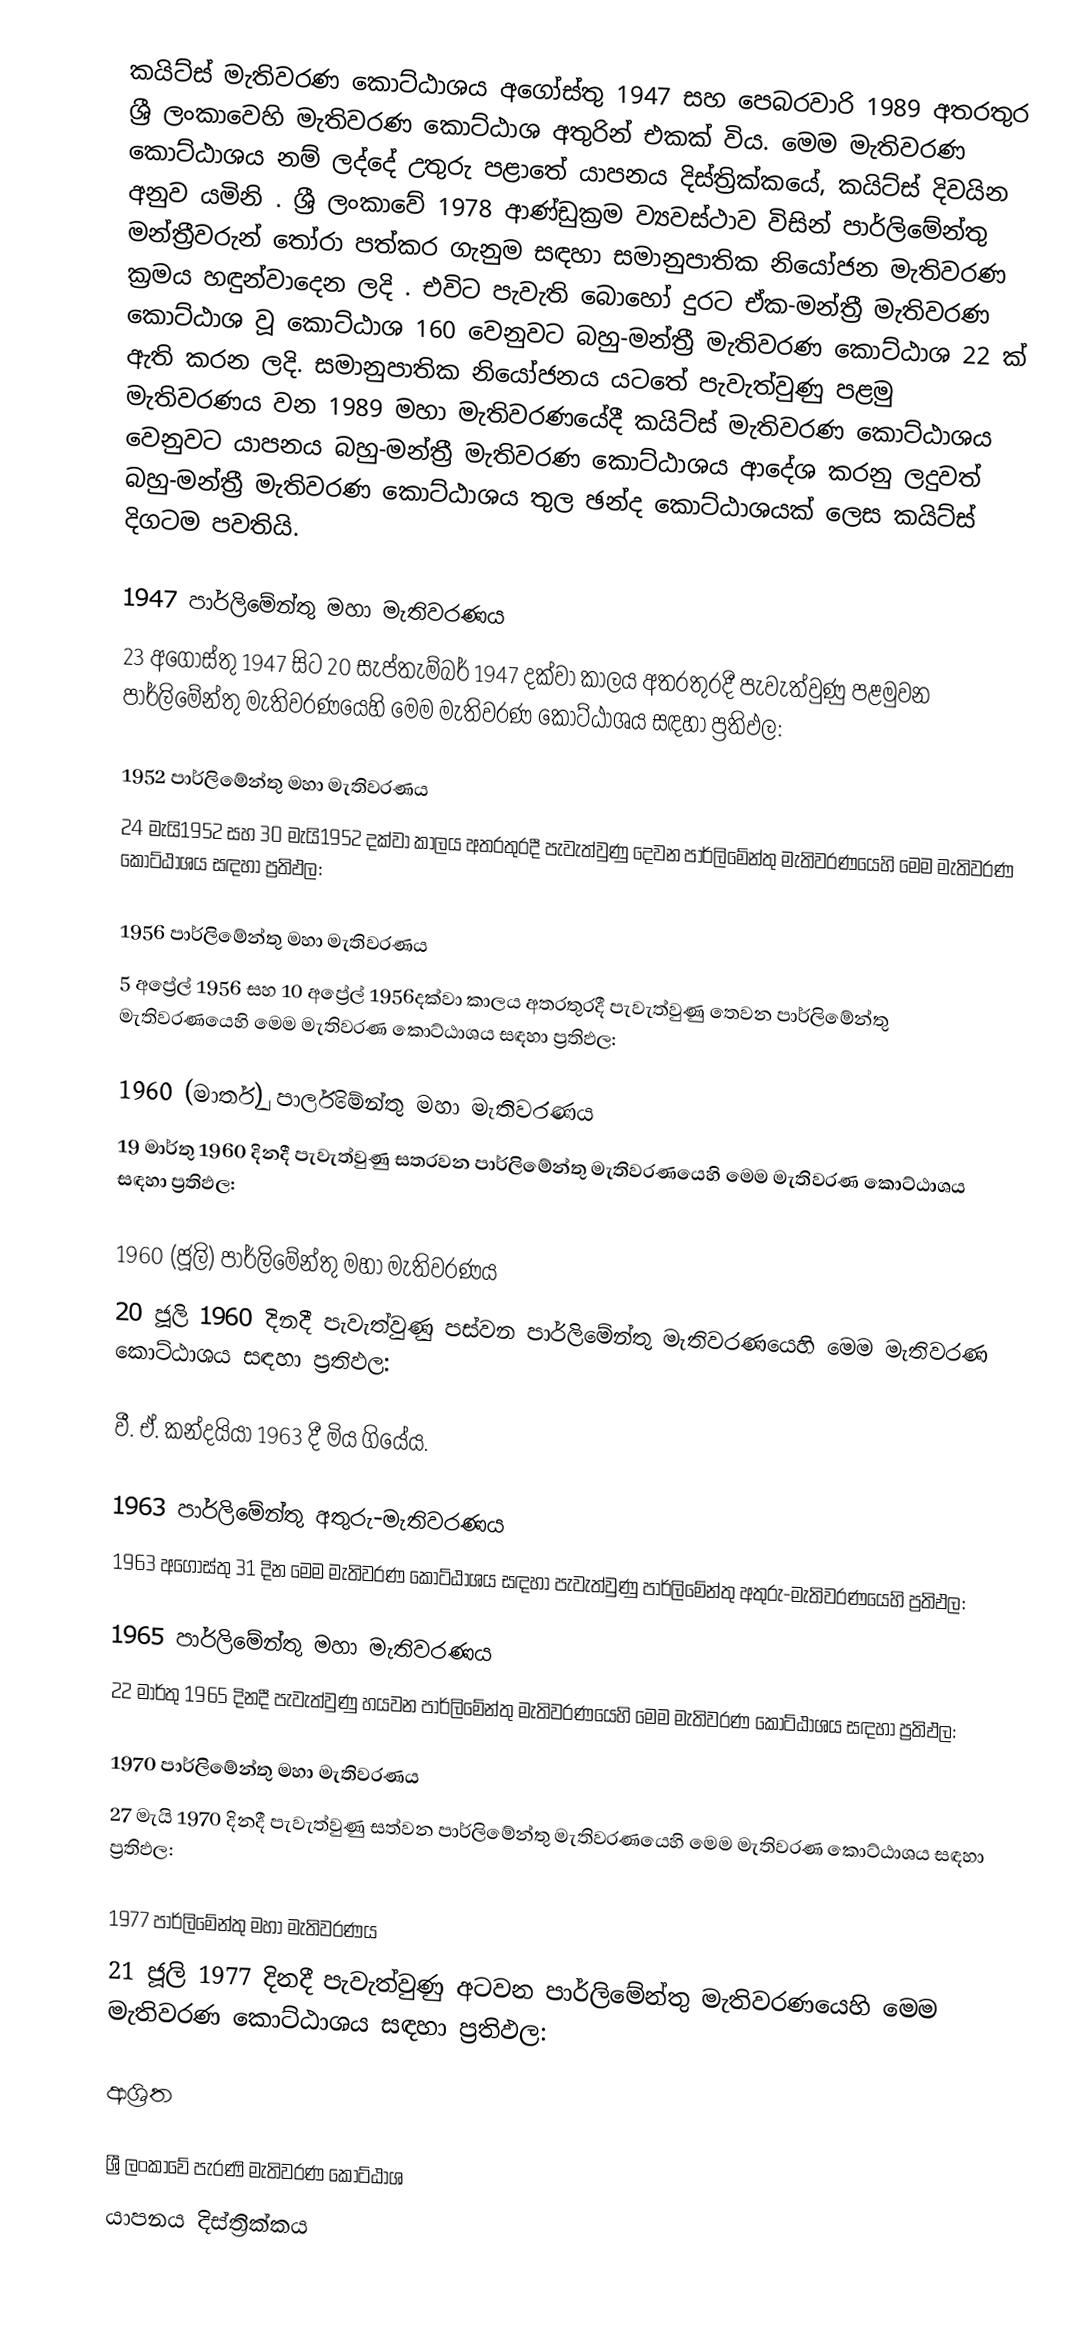
කයිට්ස් මැතිවරණ කොට්ඨාශය  අගෝස්තු 1947 සහ පෙබරවාරි 1989 අතරතුර  ශ්‍රී ලංකාවෙහි  මැතිවරණ කොට්ඨාශ අතුරින් එකක් විය. මෙම මැතිවරණ කොට්ඨාශය නම් ලද්දේ උතුරු පළාතේ  යාපනය දිස්ත්‍රික්කයේ,  කයිට්ස් දිවයින අනුව යමිනි . ශ්‍රී ලංකාවේ 1978 ආණ්ඩුක්‍රම ව්‍යවස්ථාව විසින්   පාර්ලිමේන්තු මන්ත්‍රීවරුන් තෝරා පත්කර ගැනුම සඳහා සමානුපාතික නියෝජන මැතිවරණ ක්‍රමය හඳුන්වාදෙන ලදි . එවිට පැවැති බොහෝ දුරට  ඒක-මන්ත්‍රී මැතිවරණ කොට්ඨාශ වූ කොට්ඨාශ 160 වෙනුවට බහු-මන්ත්‍රී මැතිවරණ කොට්ඨාශ 22 ක් ඇති කරන ලදි. සමානුපාතික නියෝජනය යටතේ  පැවැත්වුණු පළමු මැතිවරණය වන 1989 මහා මැතිවරණයේදී  කයිට්ස් මැතිවරණ කොට්ඨාශය වෙනුවට  යාපනය බහු-මන්ත්‍රී මැතිවරණ කොට්ඨාශය  ආදේශ කරනු ලදුවත් බහු-මන්ත්‍රී මැතිවරණ කොට්ඨාශය තුල ඡන්ද කොට්ඨාශයක් ලෙස කයිට්ස් දිගටම පවතියි.

1947 පාර්ලිමේන්තු මහා මැතිවරණය
23 අගෝස්තු 1947 සිට 20 සැප්තැම්බර් 1947 දක්වා කාලය අතරතුරදී  පැවැත්වුණු  පළමුවන පාර්ලිමේන්තු මැතිවරණයෙහි මෙම මැතිවරණ කොට්ඨාශය සඳහා ප්‍රතිඵල:

1952 පාර්ලිමේන්තු මහා මැතිවරණය
24 මැයි1952 සහ 30 මැයි1952 දක්වා කාලය අතරතුරදී  පැවැත්වුණු  දෙවන පාර්ලිමේන්තු මැතිවරණයෙහි මෙම මැතිවරණ කොට්ඨාශය සඳහා ප්‍රතිඵල:

1956 පාර්ලිමේන්තු මහා මැතිවරණය
5 අප්‍රේල් 1956 සහ 10 අප්‍රේල් 1956දක්වා කාලය අතරතුරදී  පැවැත්වුණු  තෙවන පාර්ලිමේන්තු මැතිවරණයෙහි මෙම මැතිවරණ කොට්ඨාශය සඳහා ප්‍රතිඵල:

1960 (මාර්තු) පාර්ලිමේන්තු මහා මැතිවරණය
19 මාර්තු 1960 දිනදී  පැවැත්වුණු  සතරවන පාර්ලිමේන්තු මැතිවරණයෙහි මෙම මැතිවරණ කොට්ඨාශය සඳහා ප්‍රතිඵල:

1960 (ජූලි) පාර්ලිමේන්තු මහා මැතිවරණය
20 ජූලි 1960 දිනදී  පැවැත්වුණු  පස්වන පාර්ලිමේන්තු මැතිවරණයෙහි මෙම මැතිවරණ කොට්ඨාශය සඳහා ප්‍රතිඵල:

වී. ඒ. කන්දයියා 1963 දී මිය ගියේය‍.

1963 පාර්ලිමේන්තු අතුරු-මැතිවරණය
1963 අගෝස්තු 31 දින මෙම මැතිවරණ කොට්ඨාශය සඳහා  පැවැත්වුණු පාර්ලිමේන්තු අතුරු-මැතිවරණයෙහි ප්‍රතිඵල:

1965 පාර්ලිමේන්තු මහා මැතිවරණය
22 මාර්තු 1965  දිනදී  පැවැත්වුණු  හයවන පාර්ලිමේන්තු මැතිවරණයෙහි මෙම මැතිවරණ කොට්ඨාශය සඳහා ප්‍රතිඵල:

1970 පාර්ලිමේන්තු මහා මැතිවරණය
27 මැයි 1970 දිනදී  පැවැත්වුණු  සත්වන පාර්ලිමේන්තු මැතිවරණයෙහි මෙම මැතිවරණ කොට්ඨාශය සඳහා ප්‍රතිඵල:

1977 පාර්ලිමේන්තු මහා මැතිවරණය
21 ජූලි 1977 දිනදී  පැවැත්වුණු  අටවන පාර්ලිමේන්තු මැතිවරණයෙහි මෙම මැතිවරණ කොට්ඨාශය සඳහා ප්‍රතිඵල:

ආශ්‍රිත

ශ්‍රී ලංකාවේ පැරණි මැතිවරණ කොට්ඨාශ
යාපනය දිස්ත්‍රික්කය